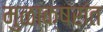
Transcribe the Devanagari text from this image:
मुळाक्षरांत